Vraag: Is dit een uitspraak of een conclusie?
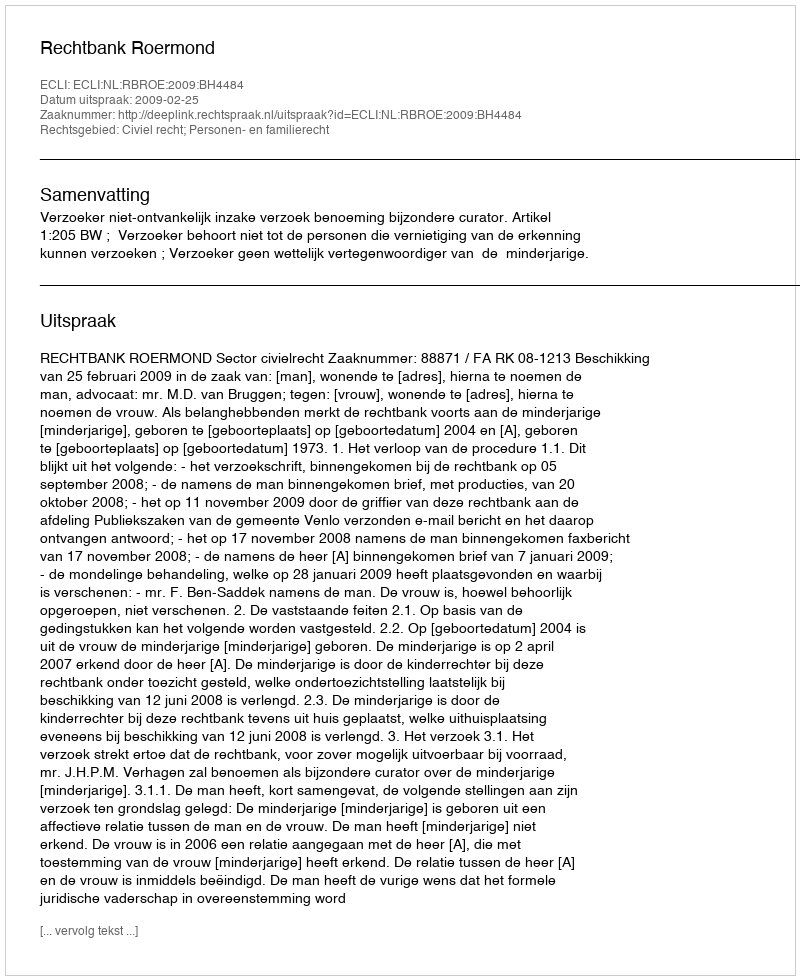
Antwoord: Uitspraak